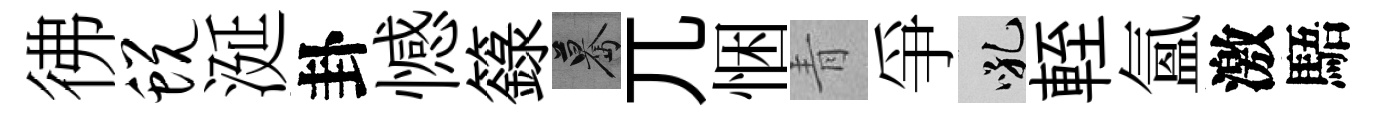
彿蜕涎卦憾籙驀兀悃青爭吼輊氳激䮏